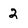
Character: 2